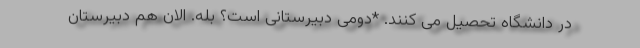
در دانشگاه تحصیل می کنند. *دومی دبیرستانی است؟ بله. الان هم دبیرستان